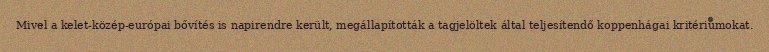
Mivel a kelet-közép-európai bővítés is napirendre került, megállapították a tagjelöltek által teljesítendő koppenhágai kritériumokat.